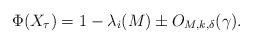
LaTeX: \begin{align*}\Phi(X_\tau) = 1 - \lambda_{i}(M) \pm O_{M,k,\delta}(\gamma).\end{align*}